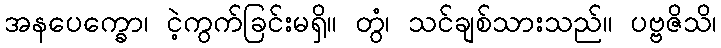
အနပေက္ခော၊ ငဲ့ကွက်ခြင်းမရှိ။ တွံ၊ သင်ချစ်သားသည်။ ပဗ္ဗဇိသိ၊